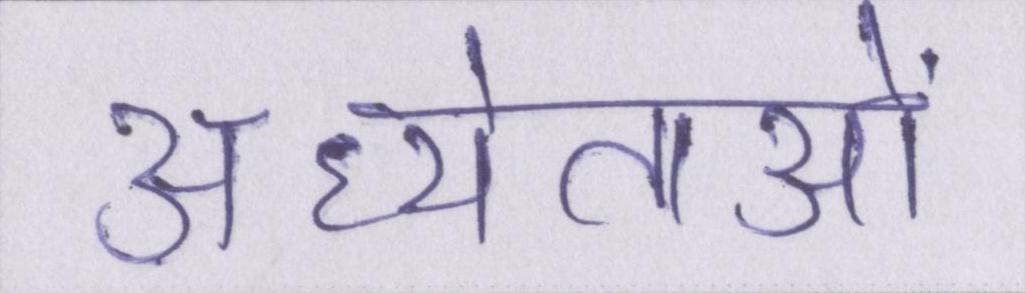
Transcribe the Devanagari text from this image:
अध्येताओं